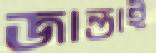
জান্তাই